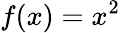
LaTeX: f(x)=x^{2}